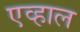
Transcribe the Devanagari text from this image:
एव्हाल